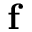
\mathbf { f }